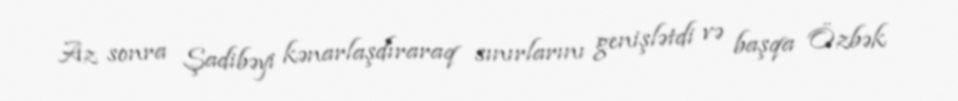
Az sonra Şadibəyi kənarlaşdıraraq sınırlarını genişlətdi və başqa Özbək